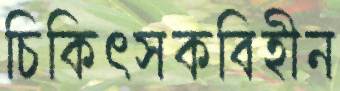
চিকিৎসকবিহীন